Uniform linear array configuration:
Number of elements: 48
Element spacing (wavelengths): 1
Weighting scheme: binomial
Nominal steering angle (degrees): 0
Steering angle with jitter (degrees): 1.725
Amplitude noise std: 0.05
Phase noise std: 0.05

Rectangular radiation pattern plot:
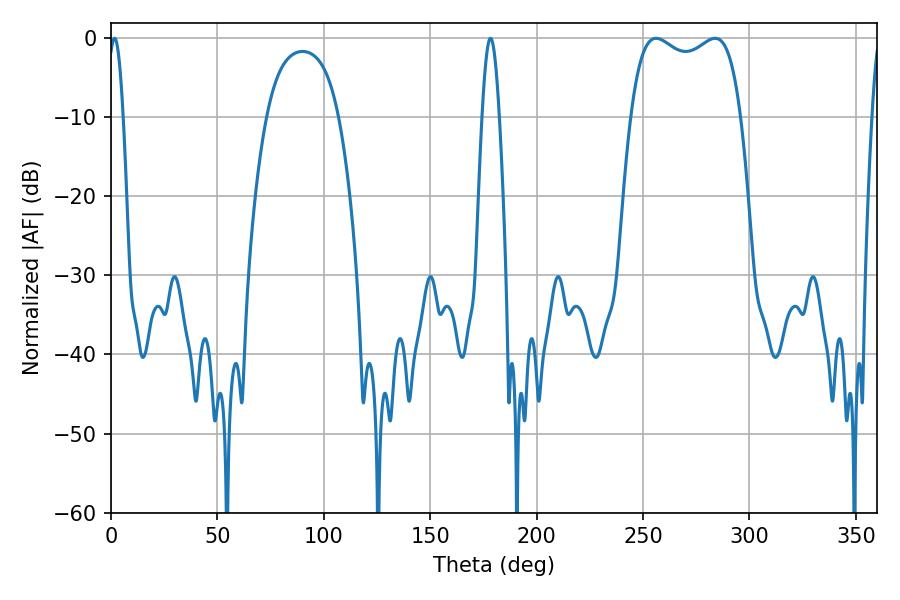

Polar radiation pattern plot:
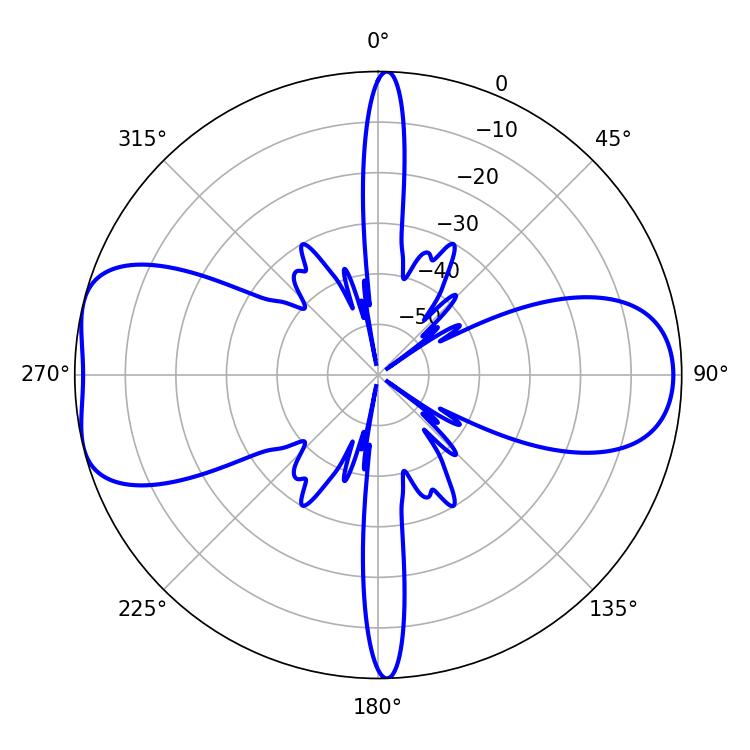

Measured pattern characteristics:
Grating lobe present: TRUE
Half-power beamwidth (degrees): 42.48
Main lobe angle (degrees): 256.14